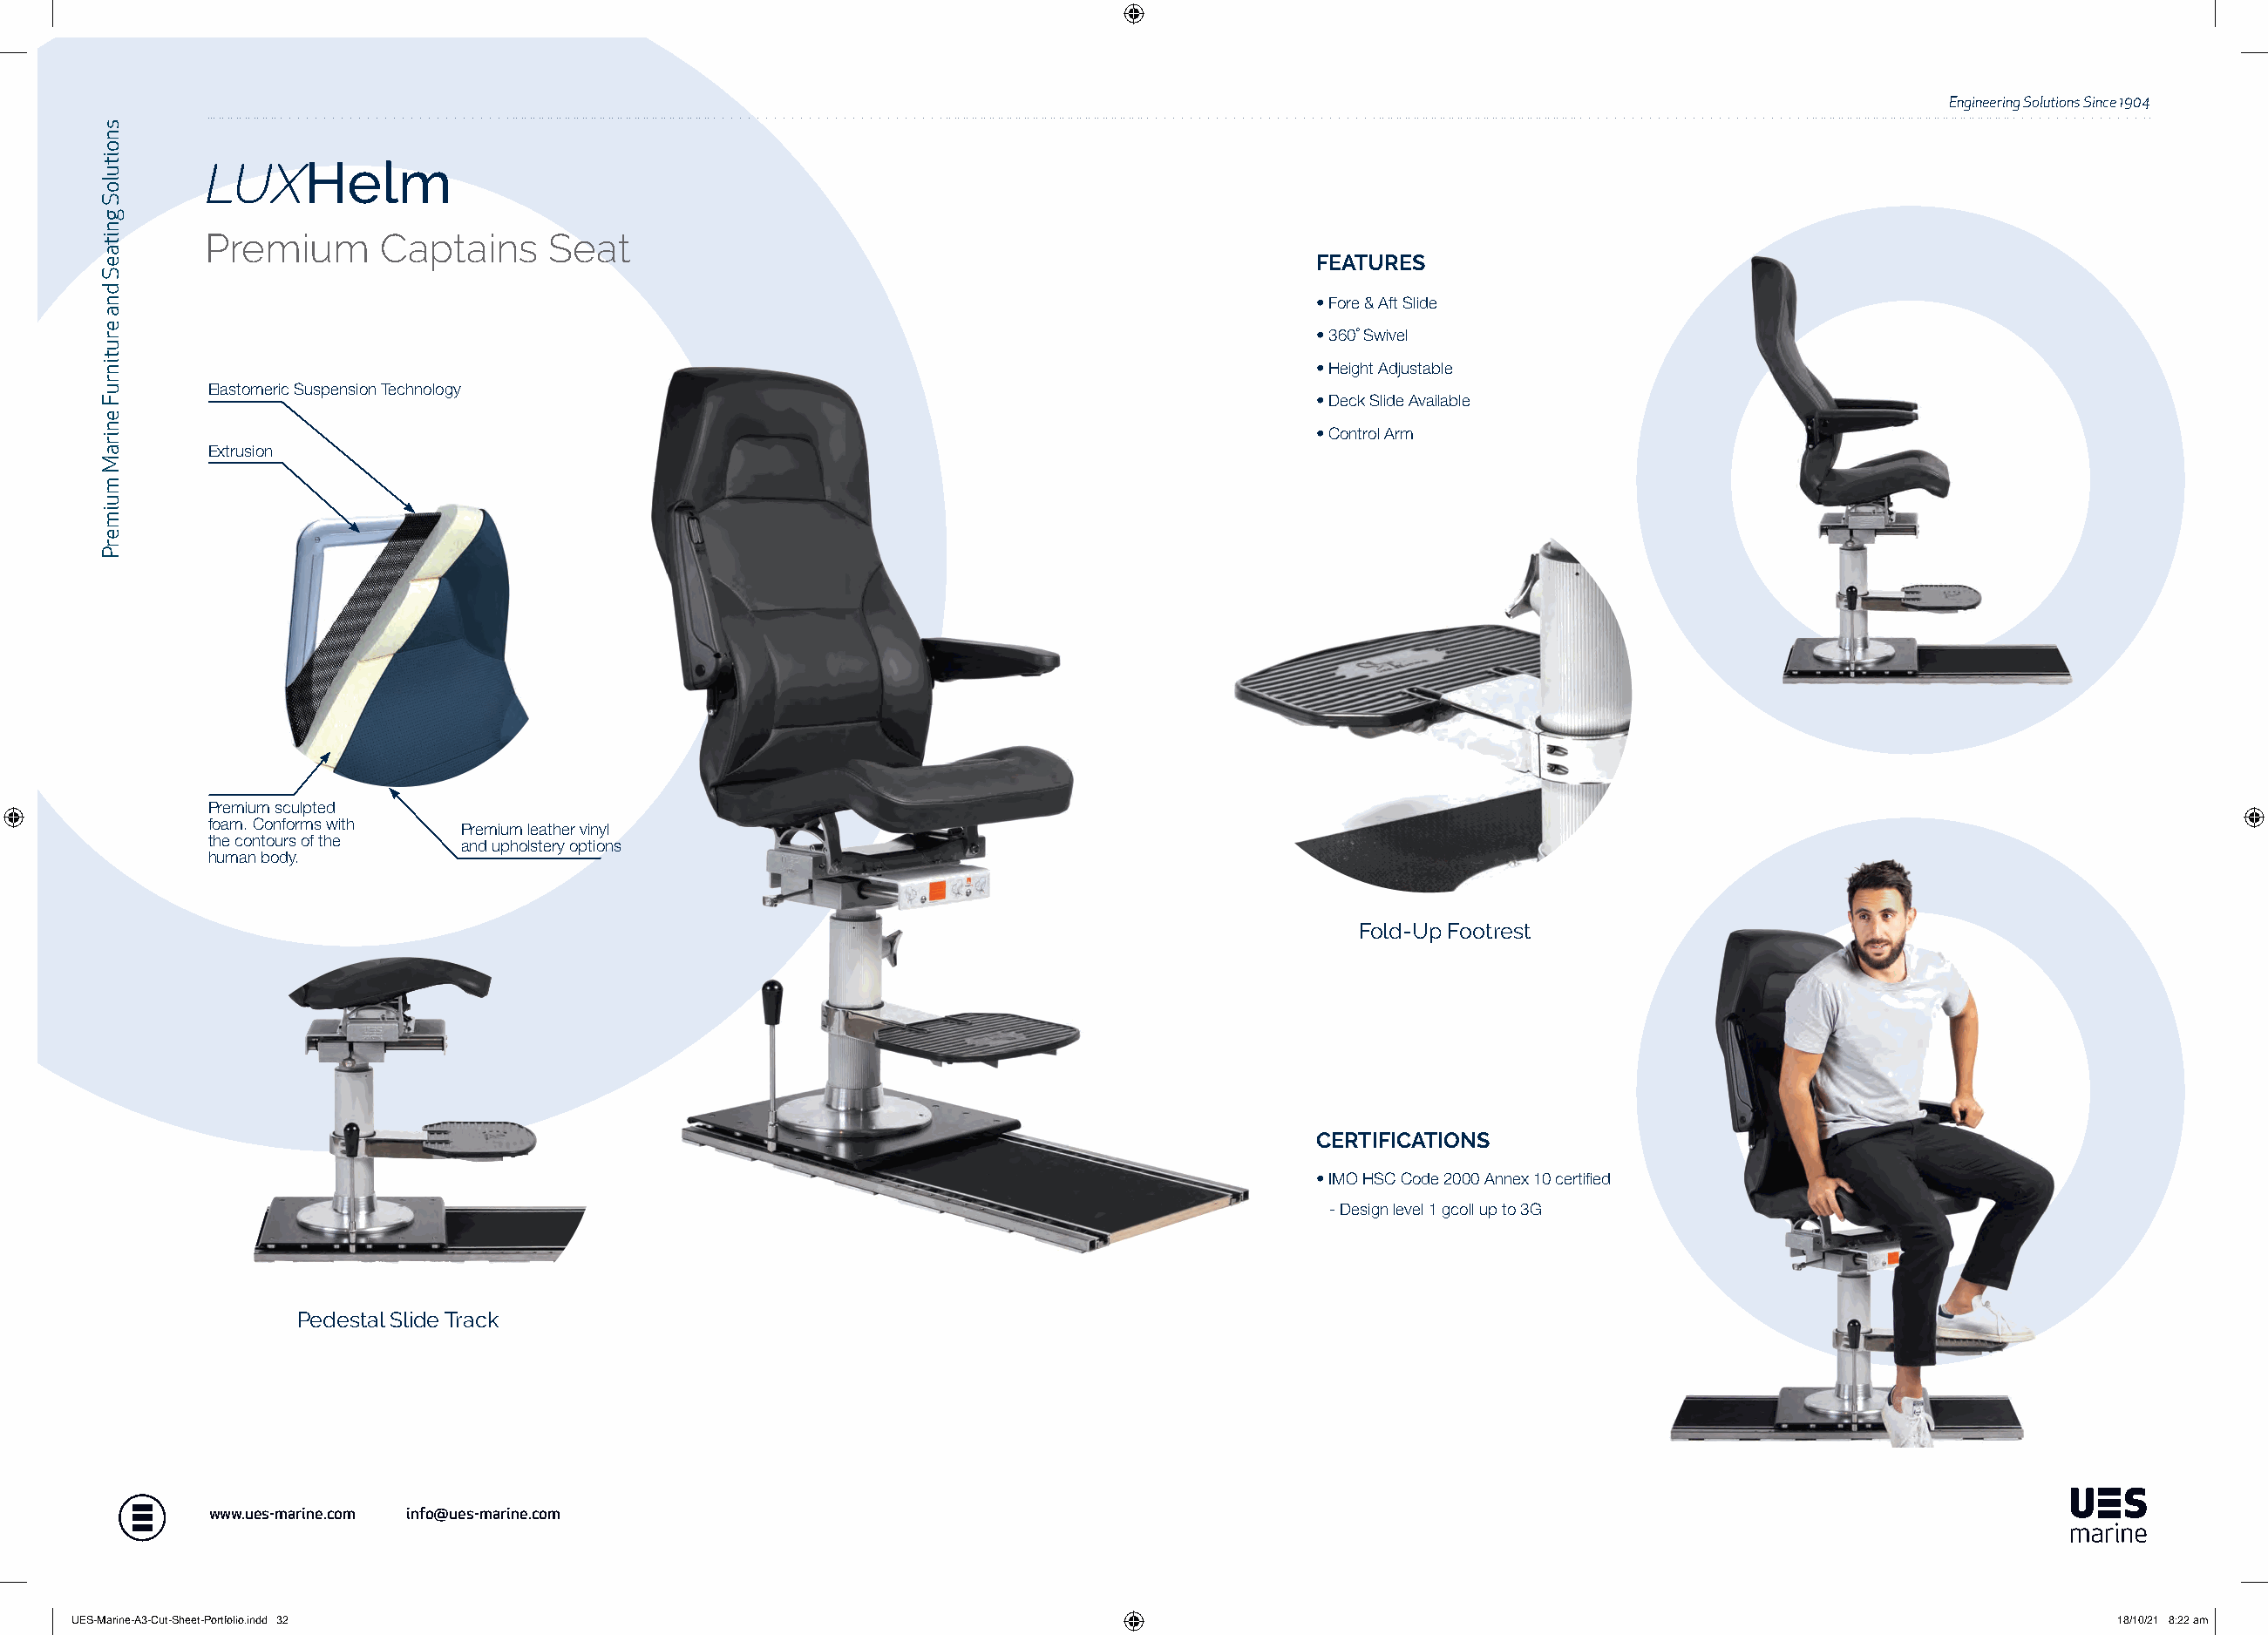
Engineering Solutions Since 1904
 LUXHelm
 Premium      Captains     Seat
 FEATURES
 • Fore & Aft Slide
 • 360˚ Swivel
 • Height Adjustable
 Elastomeric Suspension Technology
 • Deck Slide Available
 • Control Arm
 Extrusion
 Premium sculpted
 foam. Conforms with Premium leather vinyl
 the contours of the and upholstery options
 human body.
 Fold-Up Footrest
 CERTIFICATIONS
 • IMO HSC Code 2000 Annex 10 certified
 - Design level 1 gcoll up to 3G
 Pedestal Slide Track
 www.ues-marine.com info@ues-marine.com
 UUEESS--MMaarriinnee--AA33--CCuutt--SShheeeett--PPoorrttffoolliioo..iinndddd 3322                                                                           1188//1100//2211 88::2222 aamm
 snoituloS
 gnitaeS
 dna
 erutinruF
 eniraM
 muimerP